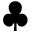
\clubsuit